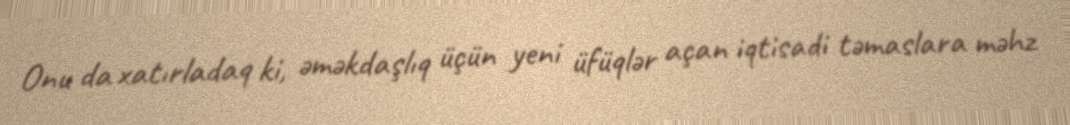
Onu da xatırladaq ki, əməkdaşlıq üçün yeni üfüqlər açan iqtisadi təmaslara məhz